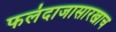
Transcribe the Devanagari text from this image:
फलंदाजासारखाच